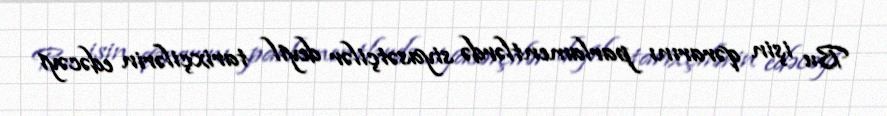
Bu işin qərarını parlamentlərdə siyasətçilər deyil tarixçilərin edəcəyi